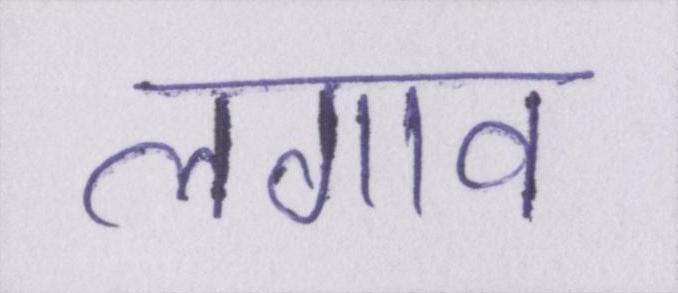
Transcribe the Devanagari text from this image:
लगाव